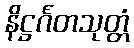
နိဋ္ဌင်္ဂတသုတ္တံ